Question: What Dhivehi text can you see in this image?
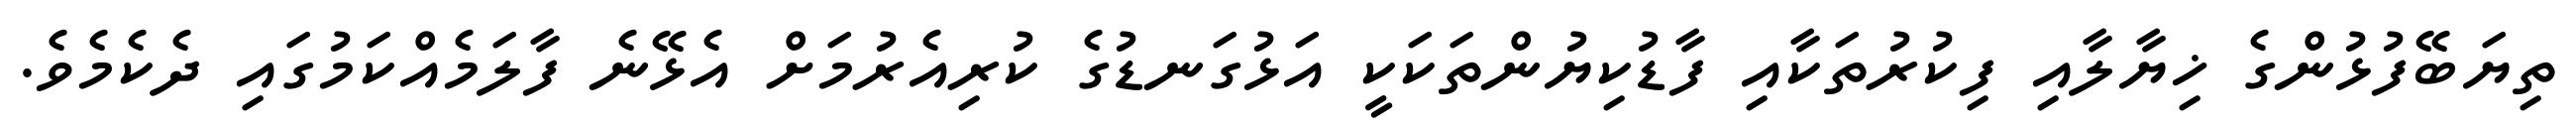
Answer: ތިޔަބޭފުޅުންގެ ޚިޔާލާއި ފިކުރުތަކާއި ފާޑުކިޔުންތަކަކީ އަޅުގަނޑުގެ ކުރިއެރުމަށް އެޅޭނެ ފާލަމެއްކަމުގައި ދެކެމެވެ.